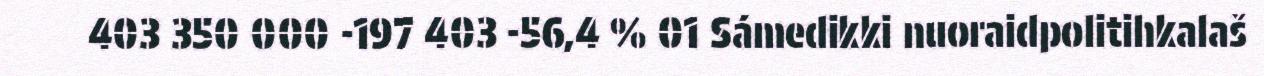
403 350 000 -197 403 -56,4 % 01 Sámedikki nuoraidpolitihkalaš